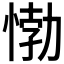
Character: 𰑰